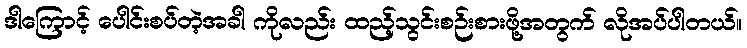
ဒါကြောင့် ပေါင်းစပ်တဲ့အခါ ကိုလည်း ထည့်သွင်းစဉ်းစားဖို့အတွက် လိုအပ်ပါတယ်။